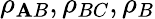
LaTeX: \rho_{\mathbf{A}B},\rho_{BC},\rho_{B}